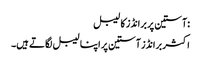
:آستین پر برانڈز کا لیبل
اکثر برانڈز آستین پر اپنا لیبل لگاتے ہیں۔